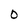
Character: O